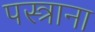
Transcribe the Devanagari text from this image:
पस्त्राना